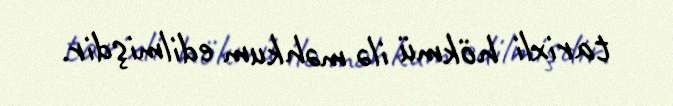
tarixli hökmü ilə məhkum edilmişdir.